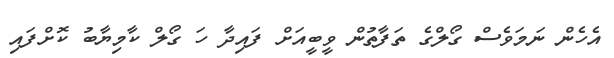
އެހެން ނަމަވެސް ގޯލްގެ ތަފާތުން ވީބީއަށް ފައިދާ ހަ ގޯލް ކާމިޔާބު ކޮށްފައި